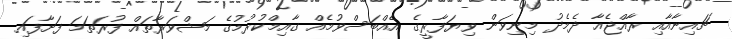
ޗައިނާއާއި ރާއްޖެއާ ދެމެދު މިނިވަން ވިޔަފާރީގެ އެއްބަސްވުމެއް ގާއިމްކުރުމުގެ މަޝްވަރާތައް ފުރަތަމަ ފަށާފައި